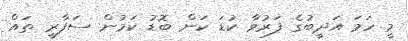
މީ ހަމަ އަދީބުގެ ފަރުވާ ކުޑަ ކަން ބޮޑު ކަމުން ސަފާރީ ތައް